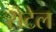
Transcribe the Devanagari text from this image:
रोटेल